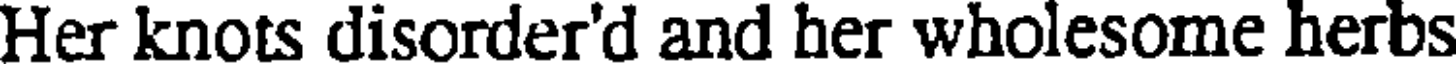
Her knots disorder'd and her wholesome herbs